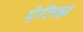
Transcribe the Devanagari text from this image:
ऐतिह्म